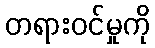
တရားဝင်မှုကို